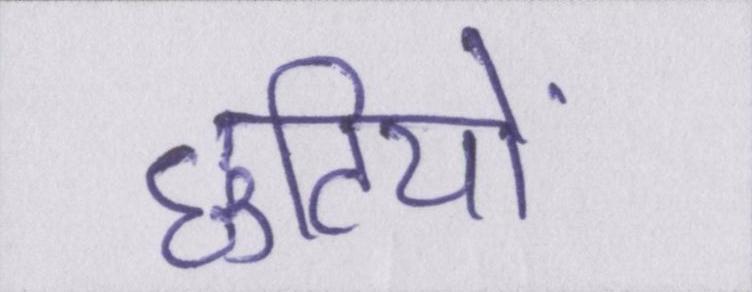
छुटियों